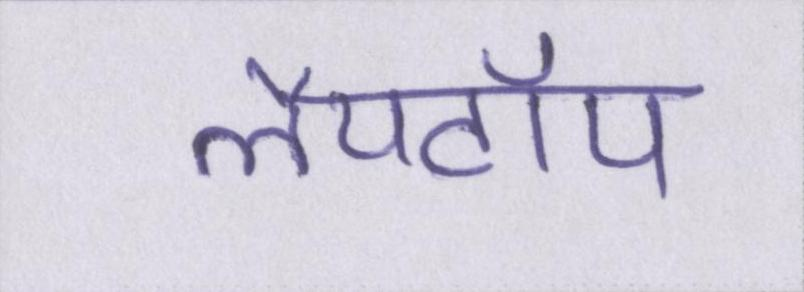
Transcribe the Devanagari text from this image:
लैपटॉप